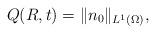
LaTeX: \begin{align*}Q(R,t)=\|n_{0}\|_{L^{1}(\Omega)},\end{align*}